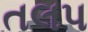
તલપ